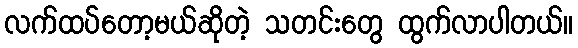
လက်ထပ်တော့မယ်ဆိုတဲ့ သတင်းတွေ ထွက်လာပါတယ်။